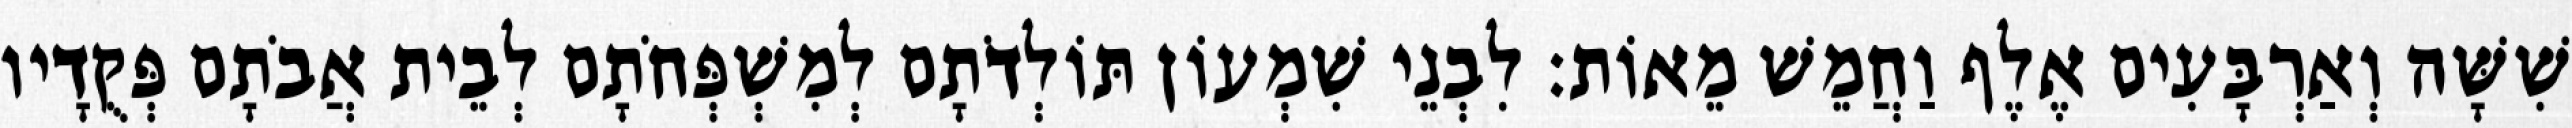
שִׁשָּׁה וְאַרְבָּעִים אֶלֶף וַחֲמֵשׁ מֵאוֹת׃ לִבְנֵי שִׁמְעוֹן תּוֹלְדֹתָם לְמִשְׁפְּחֹתָם לְבֵית אֲבֹתָם פְּקֻדָיו